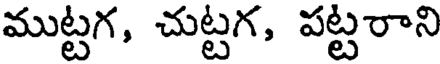
ముట్టగ, చుట్టగ, పట్టరాని